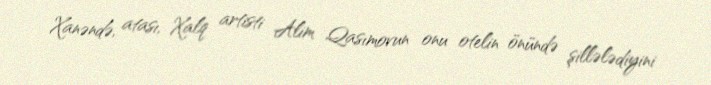
Xanəndə, atası, Xalq artisti Alim Qasımovun onu otelin önündə şillələdiyini